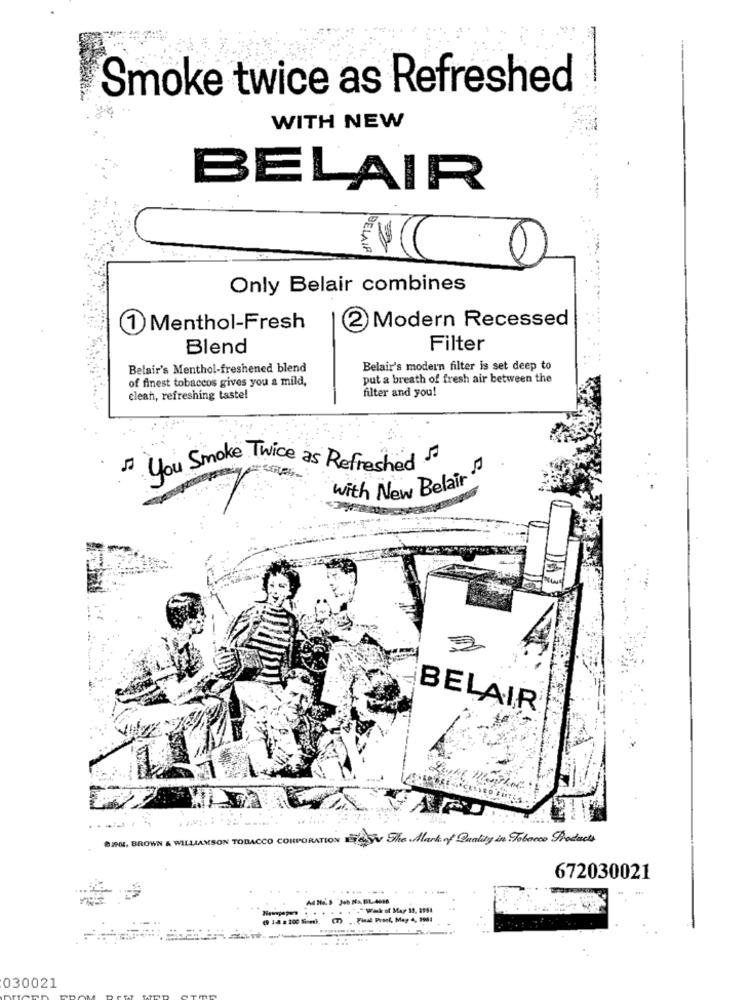
Smoke twice as Refreshed
WITH NEW
BELAIR
BELAIR
Only Belair combines
2 Modern Recessed
1 Menthol-Fresh
Blend
Filter
Belair's Menthol-freshened blend
Belair's modern filter is set deep to
of finest tobaccos gives you a mild,
put a breath of fresh air between the
filter and you!
clean, refreshing taste!
" You Smoke Twice as Refreshed
with New Belair
BELAIR
DIMOI, BROWN & WILLIAMSON TOBACCO CORPORATION For The Mark of Quality in Tobacco Products
672030021
......
."Wik of May 19, 1964
( 1-4 :200 Ses). (7) ,Final Pract, May 4, 3961
030021